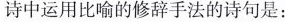
中运用比喻的修辞手法的诗句是：